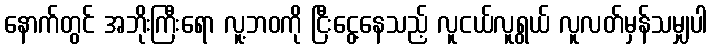
နောက်တွင် အဘိုးကြီးရော လူ့ဘဝကို ငြီးငွေ့နေသည့် လူငယ်လူရွယ် လူလတ်မှန်သမျှပါ